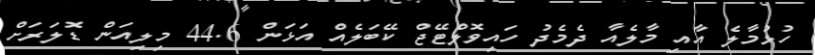
ހުޅުމާލެ އާއި މާލެއާ ދެމެދު ހައިވޮލްޓޭޖް ކޭބަލެއް އަޅަން 44.6 މިލިއަން ޑޮލަރަށް